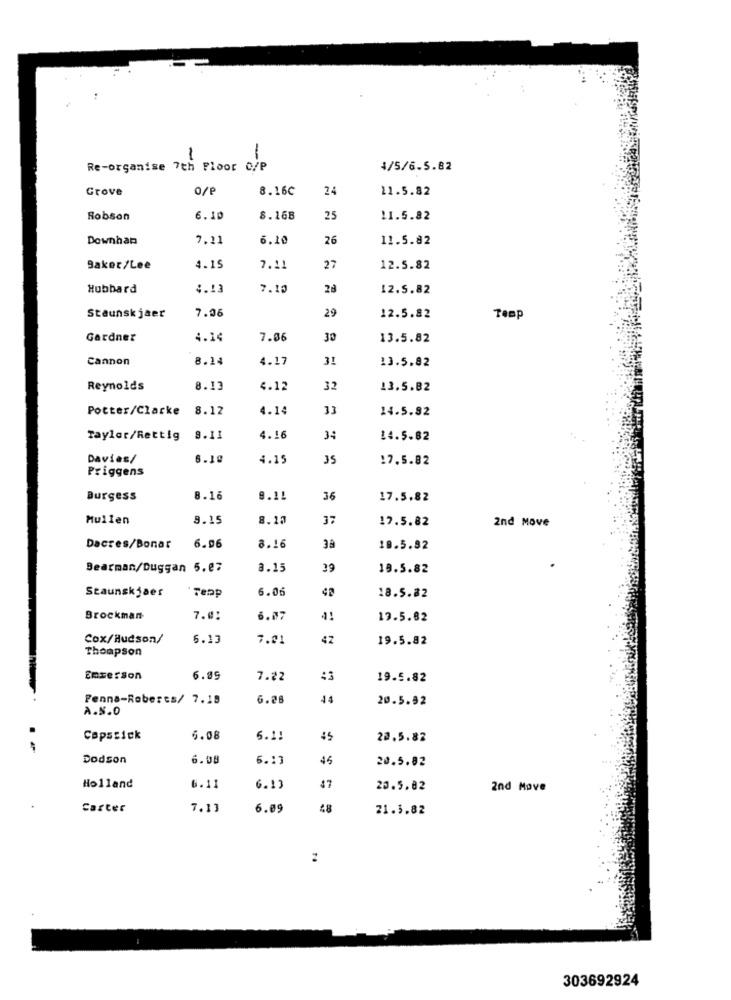
:
-
1
Re-organise 7th Floor C/P
4/5/6.5.82
Grove
O/F
8.16C
24
11.5.82
Robson
6.10
8.168
25
11.5.82
Downhan
7,11
6.10
26
11.5.82
Saker/Lee
4.15
7.11
27
12.5.82
Hubbard
4.13
7.10
12.5.82
7.06
Staunskjaer
29
12.5.82
Temp
Gardner
4.14
7.06
30
13.5.82
Cannon
8.14
4.17
31
13.5.82
Reynolds
8.13
4.12
32
13.5.B2
Potter/Clarke
8.12
4.14
33
14.5.82
Taylor/Rettig
8.11
4.16
34
14.5.82
Davies/
6.19
4.15
35
17.5.82
Priggens
Burgess
8.16
9.11
36
17.5.82
Mullen
8.15
8.10
37
17.5.82
2nd Move
Dacres/Bonar
6.96
8.16
3ª
10.5.82
Bearman/Duggan 5.87
8.15
39
19.5.82
Staunskjaer
Tepp
6.06
18.5.82
Brockman
7.0:
6.07
19.5.82
Cox/Hudson/
6.13
7.01
42
19.5.82
Thompson
EmserSon
6.89
7.22
19.5.82
Penna-Roberes/ 7.18
6.28
44
20.5.92
A.S.0
Capssick
6.08
6.1.
$5
22.5.82
Dodson
6.08
6.13
45
20.5.82
$7
Holland
6.11
6.13
20.5.82
2nd Move
Carter
7.13
6.09
48
21.3.82
303692924